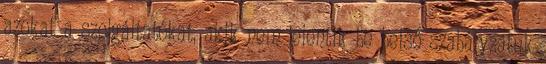
azokat a szolgáltatókat, akik nem jelentik be belső szabályzatuk